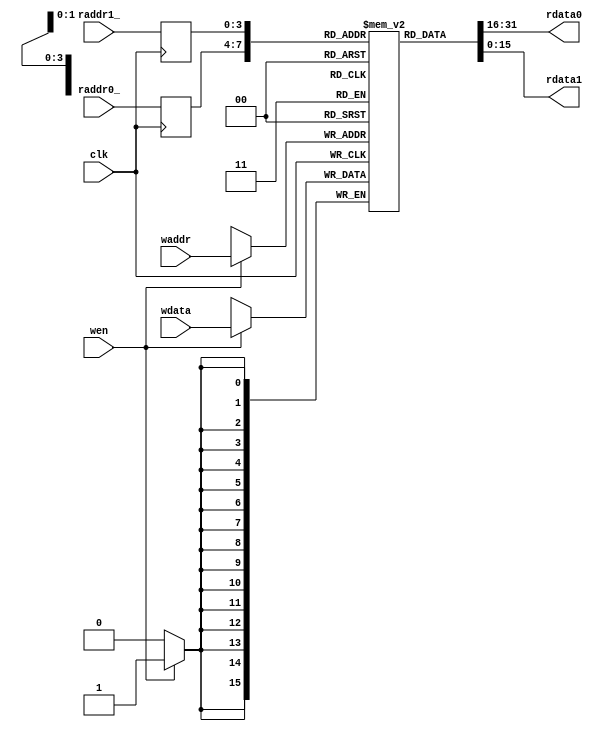
`timescale 1ps/1ps

module regs(input clk,
    input [3:0]raddr0_, output [15:0]rdata0,
    input [3:0]raddr1_, output [15:0]rdata1,
    input wen, input [3:0]waddr, input [15:0]wdata);

    reg [15:0]data[0:15];

    reg [3:0]raddr0;
    reg [3:0]raddr1;

    assign rdata0 = data[raddr0];
    assign rdata1 = data[raddr1];

    always @(posedge clk) begin
        raddr0 <= raddr0_;
        raddr1 <= raddr1_;
        if (wen) begin
            data[waddr] <= wdata;
        end
    end

endmodule